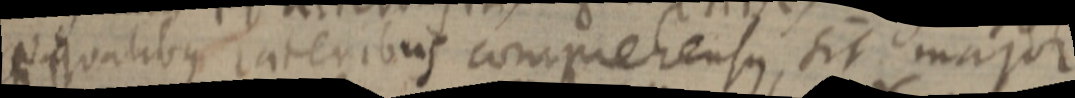
_ qualibus lateribus comprehensus, sit major